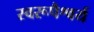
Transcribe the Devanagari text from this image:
स्वरूपैश्वर्य